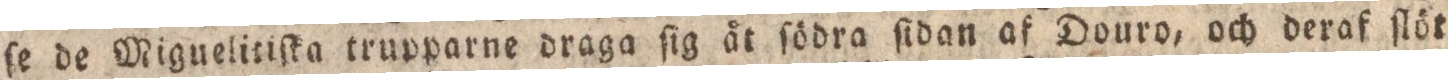
ſe de Miguelitiſka trupparne draga ſig åt ſödra ſidan af Douro, och deraf ſlöt